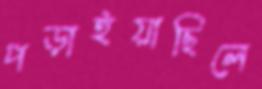
পড়াইয়াছিলে